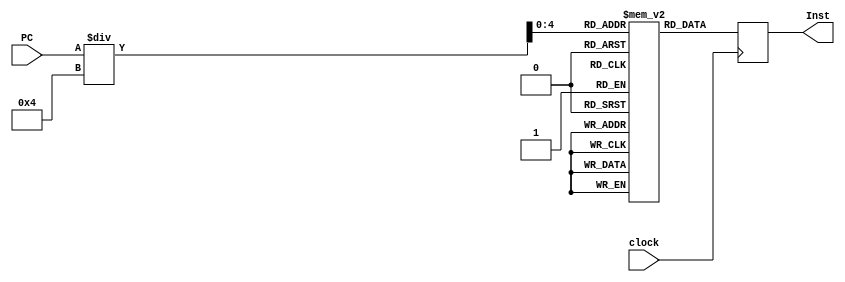
module Instruction_Memory(Inst, PC, clock);
	input[31:0] PC;
	input clock;
	output[31:0] Inst;
	reg [31:0] memory [0:31];
	reg [31:0] Inst;
  integer addr;
  initial begin
    memory[0] = 32'b00000000000000000000000000000000;  // nop
    memory[1] = 32'b00000000000000000000000000000000;  // nop
    memory[2] = 32'b00000000000000000000000000000000;  // nop
    memory[3] = 32'b00000000000000000000000000000000;  // nop
    memory[4] = 32'b00000000000000000000000000000000;  // nop
    memory[5] = 32'b00000000101001101000000000100000;  // add $t0($16), $s1($6), $s2($5)
    memory[6] = 32'b00000000001000111000100000100010;  // sub $t0($17), $s1($3), $s2($1)
    memory[7] = 32'b00000000010000101001000000100100;  // and $t0($18), $s1($2), $s2($2)
    memory[8] = 32'b00000001000001111001100000000000;  // or $t0(19), $s1($7), $s2($8)
    memory[9] = 32'b00000000000000000000000000000000;  // nop
    memory[10]= 32'b00000000000000000000000000000000;  // nop
    memory[11]= 32'b00000000000000000000000000000000;  // nop
    memory[12]= 32'b00000000000000000000000000000000;  // nop
    memory[13]= 32'b00000000000000000000000000000000;  // nop
    memory[14]= 32'b00000000000000000000000000000000;  // nop
    memory[15]= 32'b00000000000000000000000000000000;  // nop
    memory[16]= 32'b00000000000000000000000000000000;  // nop
    memory[17]= 32'b00000000000000000000000000000000;  // nop
    memory[18]= 32'b00000000000000000000000000000000;  // nop 
    memory[19]= 32'b00000000000000000000000000000000;  // nop
    memory[20]= 32'b00000000000000000000000000000000;  // nop
    memory[21]= 32'b00000000000000000000000000000000;  // nop
    memory[22]= 32'b00000000000000000000000000000000;  // nop
    memory[23]= 32'b00000000000000000000000000000000;  // nop
    memory[24]= 32'b00000000000000000000000000000000;  // nop
    memory[25]= 32'b00000000000000000000000000000000;  // nop
    memory[26]= 32'b00000000000000000000000000000000;  // nop
    memory[27]= 32'b00000000000000000000000000000000;  // nop
    memory[28]= 32'b00000000000000000000000000000000;  // nop 
    memory[29]= 32'b00000000000000000000000000000000;  // nop
    memory[30]= 32'b00000000000000000000000000000000;  // nop
    memory[31]= 32'b00000000000000000000000000000000;  // nop
  end
  always @(posedge clock) begin
    addr = PC[31:0];
    Inst = memory[addr/4];
	end
endmodule